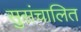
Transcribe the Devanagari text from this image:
सुसंचालित